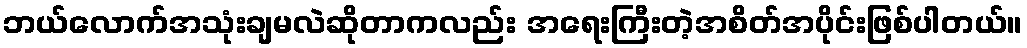
ဘယ်လောက်အသုံးချမလဲဆိုတာကလည်း အရေးကြီးတဲ့အစိတ်အပိုင်းဖြစ်ပါတယ်။